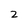
Character: 2